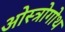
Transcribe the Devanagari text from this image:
ओस्त्रोगोथ